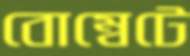
বোম্বেটে